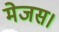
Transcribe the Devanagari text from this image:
मेजस।